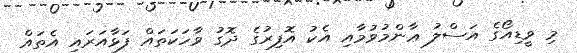
މި ވީޑިއޯގެ އަސްލު ޢާންމުވުމާއި އެކު އޮފިރުގެެ ދޮގު ވާހަކަތައް ފަޅާއަރައި އެތައް